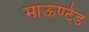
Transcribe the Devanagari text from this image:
माऊण्टेड